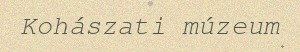
Kohászati múzeum